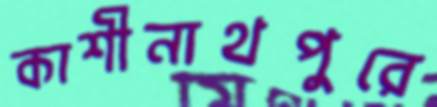
কাশীনাথপুরে